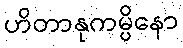
ဟိတာနုကမ္ပိနော